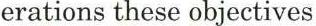
erations these objectives